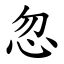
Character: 忽